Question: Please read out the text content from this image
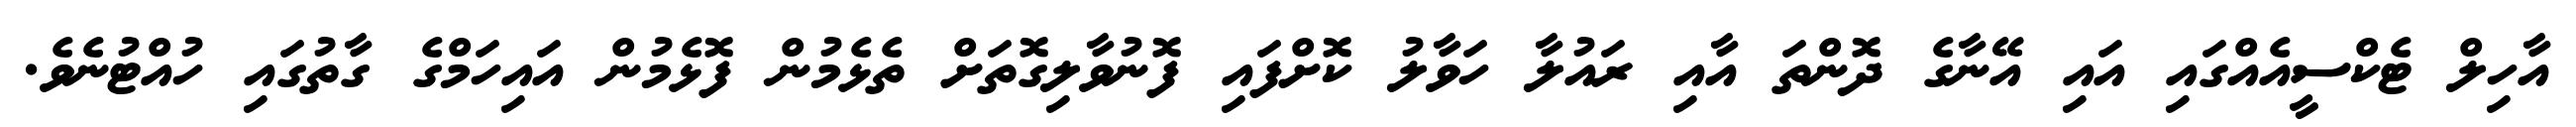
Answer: އާހިލް ޓެކްސީއެއްގައި އައި އޭނާގެ ދޮންތަ އާއި ރައުލާ ހަވާލު ކޮށްފައި ފޮނުވާލިގޮތަށް ތެޅެމުން ފޮޅެމުން އައިހަމްގެ ގާތުގައި ހުއްޓުނެވެ.